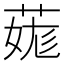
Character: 𦳨